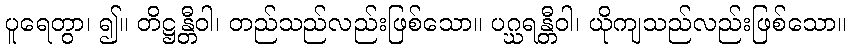
ပူရေတွာ၊ ၍။ တိဋ္ဌန္တီဝါ၊ တည်သည်လည်းဖြစ်သော။ ပဂ္ဃရန္တီဝါ၊ ယိုကျသည်လည်းဖြစ်သော။